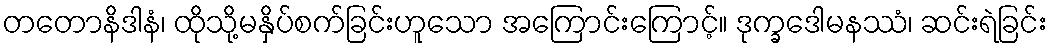
တတောနိဒါနံ၊ ထိုသို့မနှိပ်စက်ခြင်းဟူသော အကြောင်းကြောင့်။ ဒုက္ခဒေါမနဿံ၊ ဆင်းရဲခြင်း